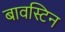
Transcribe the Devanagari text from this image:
बावस्टिन